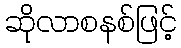
ဆိုလာစနစ်ဖြင့်